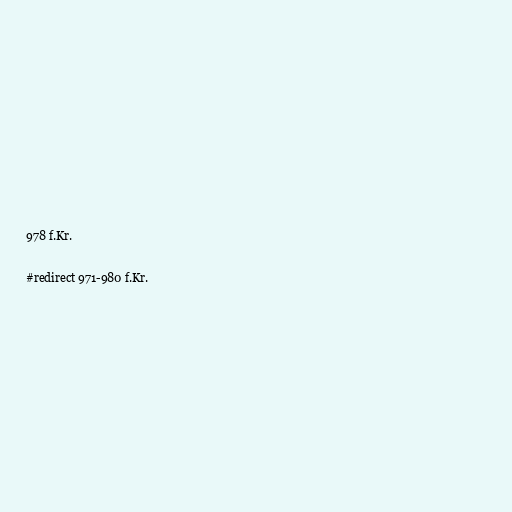
978 f.Kr.

#redirect 971-980 f.Kr.